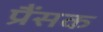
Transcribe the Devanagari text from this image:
प्रैंसक